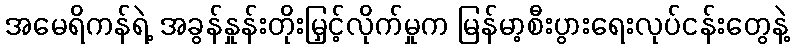
အမေရိကန်ရဲ့ အခွန်နှုန်းတိုးမြှင့်လိုက်မှုက မြန်မာ့စီးပွားရေးလုပ်ငန်းတွေနဲ့